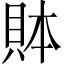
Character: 𲂪